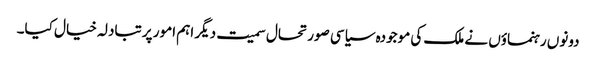
دونوں رہنماؤں نے ملک کی موجودہ سیاسی صورتحال سمیت دیگر اہم امور پر تبادلہ خیال کیا۔